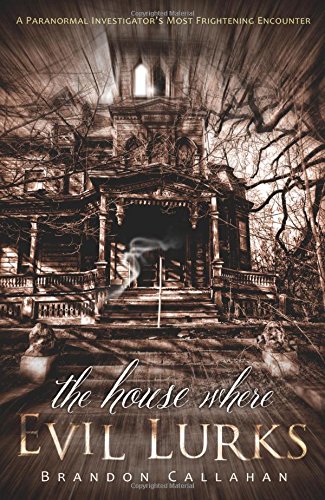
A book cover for The House Where Evil Lurks: A Paranormal Investigator's Most Frightening Encounter; Brandon Callahan; Religion & Spirituality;